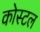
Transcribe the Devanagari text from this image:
कोस्‍टल